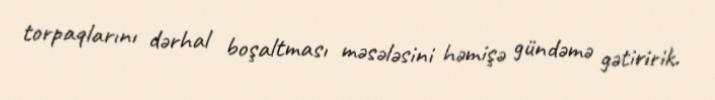
torpaqlarını dərhal boşaltması məsələsini həmişə gündəmə gətiririk.